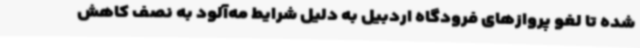
شده تا لغو پروازهای فرودگاه اردبیل به دلیل شرایط مه‌آلود به نصف کاهش